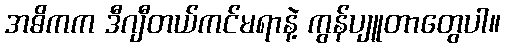
အဓိကက ဒီဂျီတယ်ကင်မရာနဲ့ ကွန်ပျူတာတွေပါ။